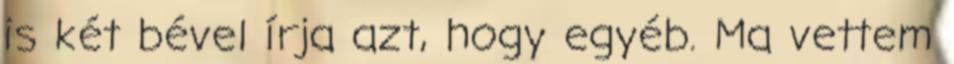
is két bével írja azt, hogy egyéb. Ma vettem